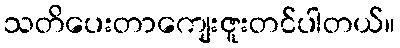
သတိပေးတာကျေးဇူးတင်ပါတယ်။